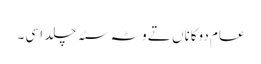
عام دوکاناں تے وٹہ سٹہ چلدا سی۔